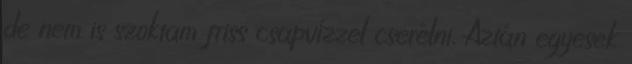
de nem is szoktam friss csapvízzel cserélni. Aztán egyesek